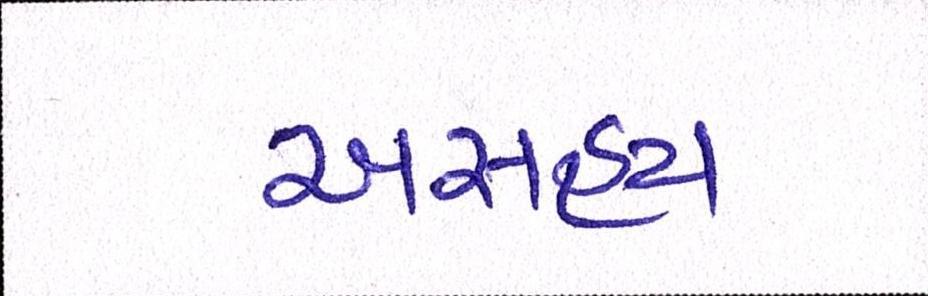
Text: અસહ્ય